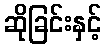
ဆိုခြင်းနှင့်